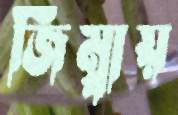
জিম্বায়